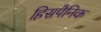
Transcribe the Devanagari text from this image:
हिसपैनिक